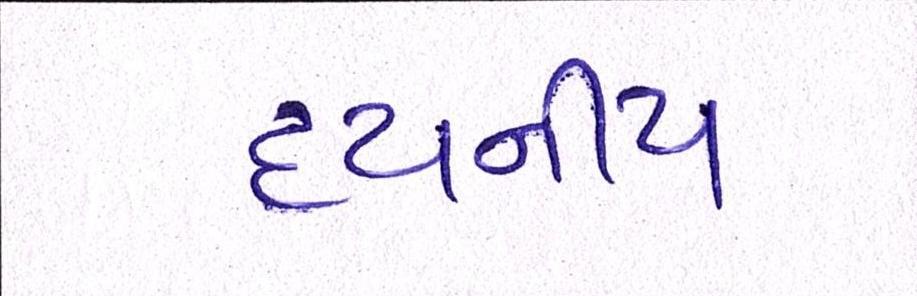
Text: દયનીય